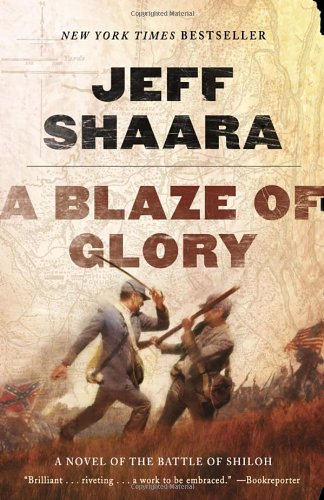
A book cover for A Blaze of Glory: A Novel of the Battle of Shiloh (the Civil War in the West); Jeff Shaara; Literature & Fiction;